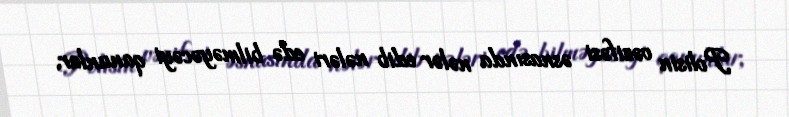
Polisin vəzifəsi əsnasında nələr edib nələri edə bilməyəcəyi qanunlar,